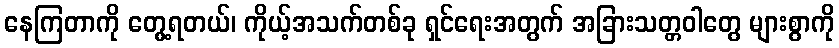
နေကြတာကို တွေ့ရတယ်၊ ကိုယ့်အသက်တစ်ခု ရှင်ရေးအတွက် အခြားသတ္တဝါတွေ များစွာကို